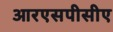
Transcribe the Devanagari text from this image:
आरएसपीसीए